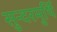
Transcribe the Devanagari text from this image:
सुन्दरमुर्थि